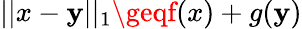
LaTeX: ||x-\mathbf{y}||_{1}\geqf(x)+g(\mathbf{y})